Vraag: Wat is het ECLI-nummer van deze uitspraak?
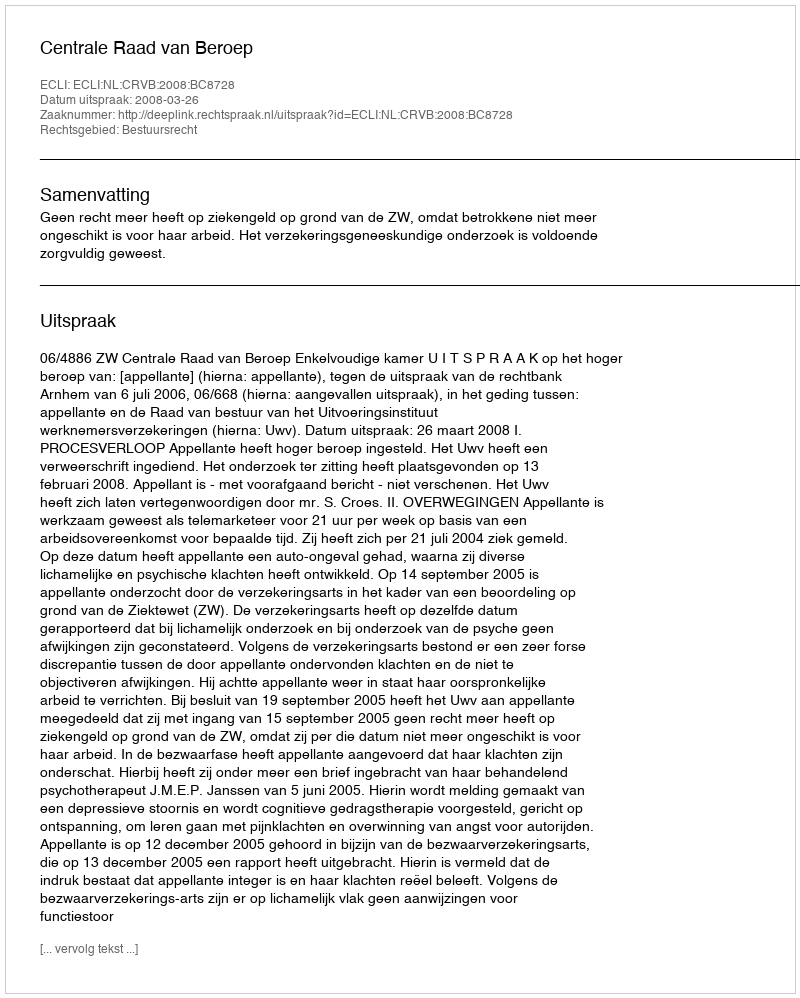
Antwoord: ECLI:NL:CRVB:2008:BC8728